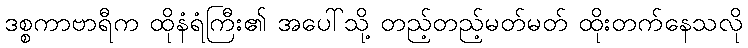
ဒစ္စကာဗာရီက ထိုနံရံကြီး၏ အပေါ်သို့ တည့်တည့်မတ်မတ် ထိုးတက်နေသလို